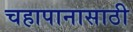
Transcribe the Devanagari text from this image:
चहापानासाठी